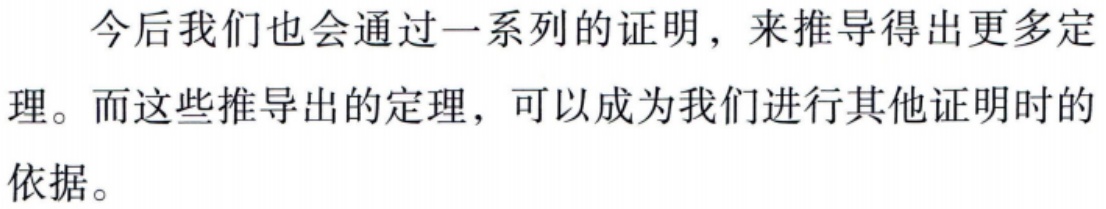
今后我们也会通过一系列的证明，来推导得出更多定理。而这些推导出的定理，可以成为我们进行其他证明时的依据。